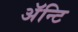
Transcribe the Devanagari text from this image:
अॅन्टि